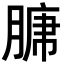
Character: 𮌣